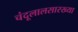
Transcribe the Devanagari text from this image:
चंदूलालसारख्या